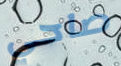
صاحي